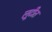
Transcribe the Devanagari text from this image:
लूटीत